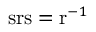
\mathrm { s r s } = \mathrm { r } ^ { - 1 }